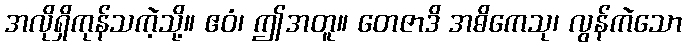
အလိုရှိကုန်သကဲ့သို့။ ဧဝံ၊ ဤအတူ။ တေဇာဒိ အဓိကေသု၊ လွန်ကဲသော